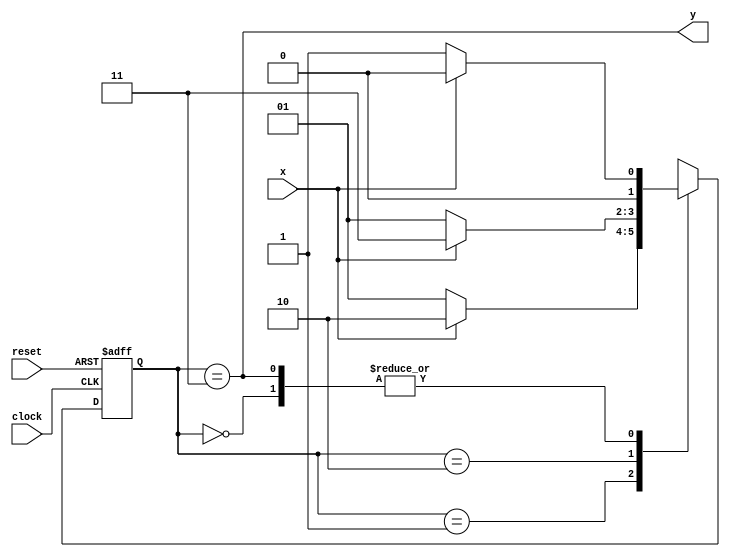
module Lab3_Moore_state_diagram(output y, input x, clock, reset);
	reg [1 : 0] state;
	parameter S0 = 2'b00, S1 = 2'b01, S2 = 2'b10, S3 = 2'b11;
	always @(posedge clock, negedge reset)
		if(~reset)state <= S0;
		else case(state)
			S0: if(x)state <= S0; else state <= S1;
			S1: if(x)state <= S2; else state <= S1;
			S2: if(x)state <= S3; else state <= S1;
			S3: if(x)state <= S0; else state <= S1;
		endcase
		assign y = (state == S3);
endmodule